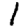
Digit: 1